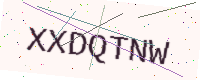
Text: XXDQTNW